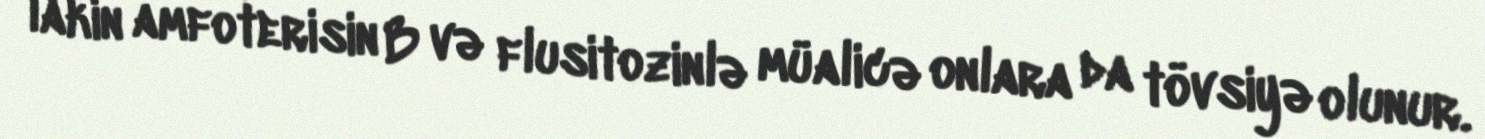
lakin amfoterisin B və flusitozinlə müalicə onlara da tövsiyə olunur.